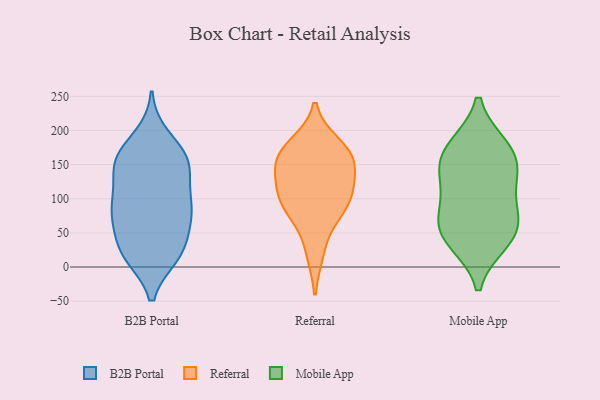
{"axis": {"x": "Operating Costs (USD K)", "y": "Value"}, "legend": ["B2B Portal", "Mobile App", "Referral"], "data": [{"x": "", "y": 158, "type": "B2B Portal"}, {"x": "", "y": 27, "type": "B2B Portal"}, {"x": "", "y": 145, "type": "B2B Portal"}, {"x": "", "y": 82, "type": "B2B Portal"}, {"x": "", "y": 147, "type": "B2B Portal"}, {"x": "", "y": 20, "type": "B2B Portal"}, {"x": "", "y": 18, "type": "B2B Portal"}, {"x": "", "y": 76, "type": "B2B Portal"}, {"x": "", "y": 81, "type": "B2B Portal"}, {"x": "", "y": 159, "type": "B2B Portal"}, {"x": "", "y": 70, "type": "B2B Portal"}, {"x": "", "y": 22, "type": "B2B Portal"}, {"x": "", "y": 87, "type": "B2B Portal"}, {"x": "", "y": 190, "type": "B2B Portal"}, {"x": "", "y": 94, "type": "B2B Portal"}, {"x": "", "y": 112, "type": "B2B Portal"}, {"x": "", "y": 150, "type": "B2B Portal"}, {"x": "", "y": 25, "type": "B2B Portal"}, {"x": "", "y": 165, "type": "B2B Portal"}, {"x": "", "y": 178, "type": "Referral"}, {"x": "", "y": 163, "type": "Referral"}, {"x": "", "y": 162, "type": "Referral"}, {"x": "", "y": 144, "type": "Referral"}, {"x": "", "y": 22, "type": "Referral"}, {"x": "", "y": 100, "type": "Referral"}, {"x": "", "y": 83, "type": "Referral"}, {"x": "", "y": 162, "type": "Referral"}, {"x": "", "y": 79, "type": "Referral"}, {"x": "", "y": 116, "type": "Referral"}, {"x": "", "y": 112, "type": "Referral"}, {"x": "", "y": 38, "type": "Mobile App"}, {"x": "", "y": 52, "type": "Mobile App"}, {"x": "", "y": 176, "type": "Mobile App"}, {"x": "", "y": 175, "type": "Mobile App"}, {"x": "", "y": 156, "type": "Mobile App"}, {"x": "", "y": 45, "type": "Mobile App"}, {"x": "", "y": 83, "type": "Mobile App"}, {"x": "", "y": 131, "type": "Mobile App"}, {"x": "", "y": 78, "type": "Mobile App"}, {"x": "", "y": 132, "type": "Mobile App"}]}